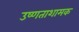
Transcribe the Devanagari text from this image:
उष्णताशामक